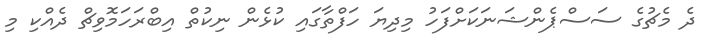
ދެ މެޗުގެ ސަސްޕެންޝަނަކަށްފަހު މިދިޔަ ހަފްތާގައި ކުޅެން ނިކުތް އިބްރަހަމޮވިޗް ދެއްކި މި